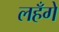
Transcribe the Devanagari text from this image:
लहँगे